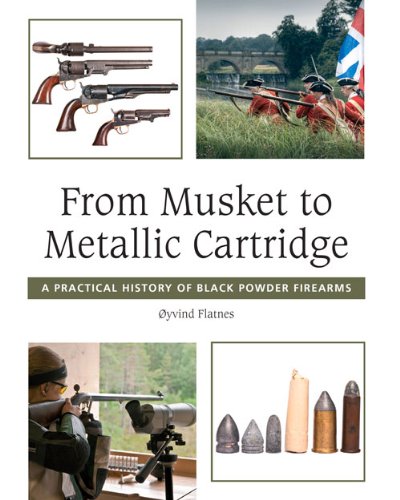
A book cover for From Musket to Metallic Cartridge; Oyvind Flatnes; Sports & Outdoors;